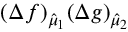
( \Delta f ) _ { \hat { \mu } _ { 1 } } ( \Delta g ) _ { \hat { \mu } _ { 2 } }